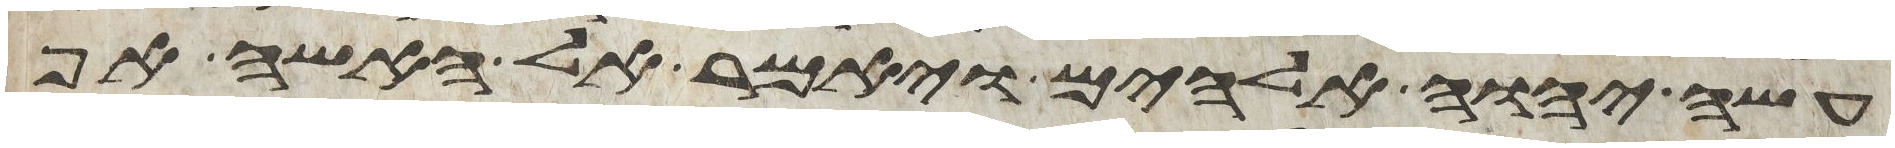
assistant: עשה יהוה אלהים ויאמר אל האשה אף